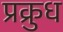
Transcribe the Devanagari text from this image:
प्रक्रुध